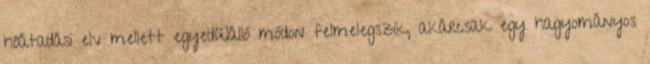
hőátadási elv mellett egyedülálló módon felmelegszik, akárcsak egy hagyományos